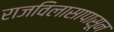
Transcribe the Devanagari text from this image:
राजविलासापासून